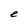
Character: e